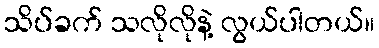
သိပ်ခက် သလိုလိုနဲ့ လွယ်ပါတယ်။